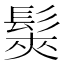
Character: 𩭌